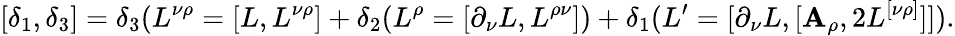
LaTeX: [\delta_{1},\delta_{3}]=\delta_{3}(L^{\nu\rho}=[L,L^{\nu\rho}]+\delta_{2}(L^{\rho}=[\partial_{\nu}L,L^{\rho\nu}])+\delta_{1}(L^{\prime}=[\partial_{\nu}L,[\mathbf{A}_{\rho},2L^{[\nu\rho]}]]).